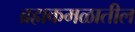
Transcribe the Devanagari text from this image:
ब्रह्मकमळातील